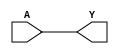
module ATCKROOT2
    (
     A,
     Y
     );
input A;
output Y;

reg    Y;
always @(A)
    begin
    Y = A;
    end

endmodule